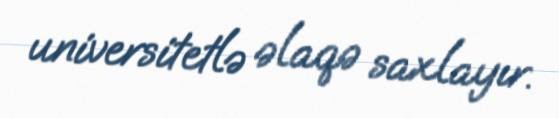
universitetlə əlaqə saxlayır.